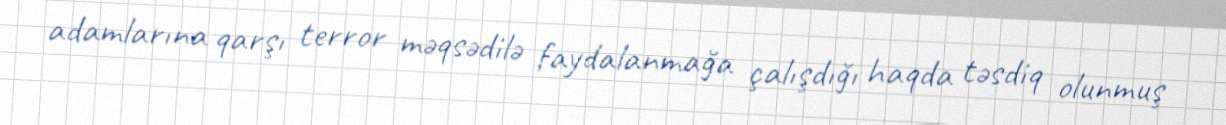
adamlarına qarşı terror məqsədilə faydalanmağa çalışdığı haqda təsdiq olunmuş